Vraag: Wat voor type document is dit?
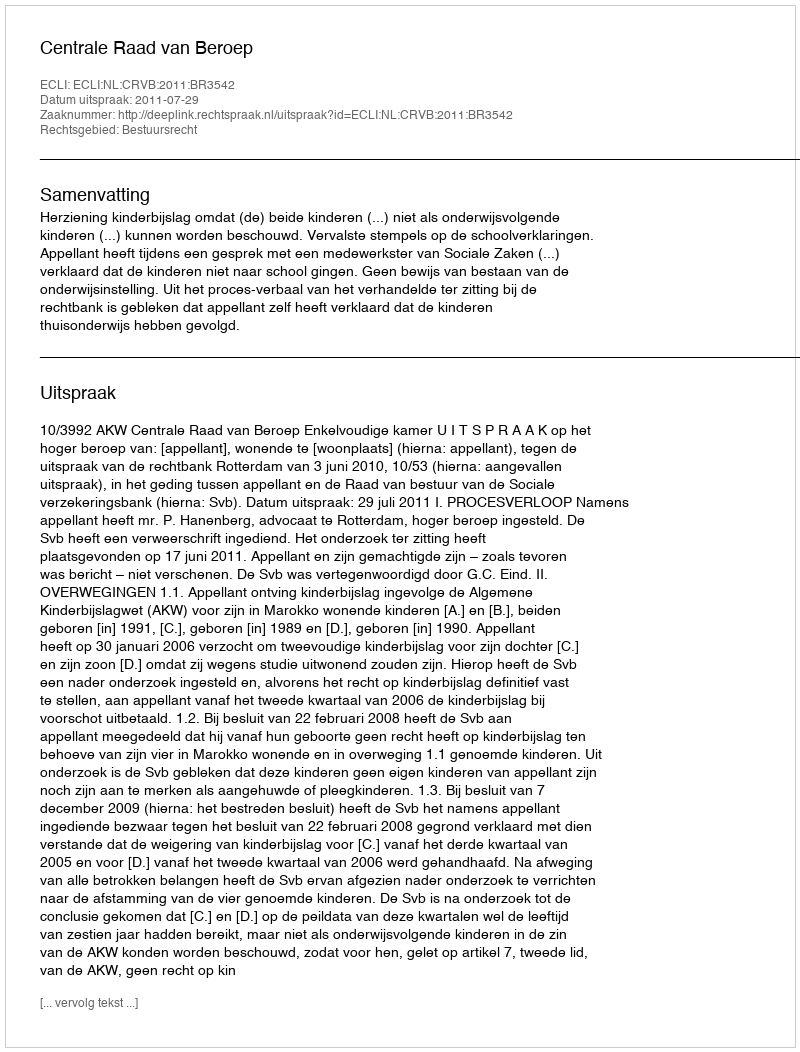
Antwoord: Uitspraak